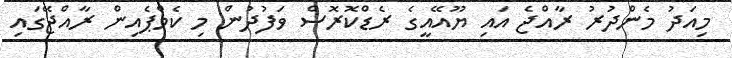
މިއަދު މެންދުރު ރާއްޖެ އައި ޔޫއޭއީގެ ރެޑްކޮރޮސް ވަފުދުން މި ކެމްޕެއިން ރާއްޖޭގައި